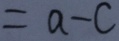
= a - c